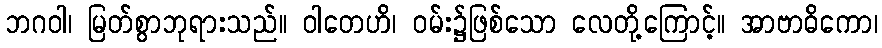
ဘဂဝါ၊ မြတ်စွာဘုရားသည်။ ဝါတေဟိ၊ ဝမ်း၌ဖြစ်သော လေတို့ကြောင့်။ အာဗာဓိကော၊